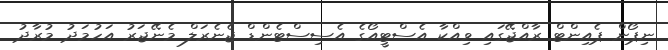
ނިޕޯން ޕެއިންޓް ރާއްޖޭގައި ވިއްކާ އެސްޓީއޯގެ އެސިސްޓެންޑް ޖެނެރަލް މެނޭޖަރު އަހުމަދު މުރާދު